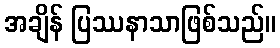
အချိန် ပြဿနာသာဖြစ်သည်။